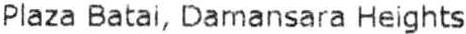
PLAZA BATAI, DAMANSARA HEIGHTS